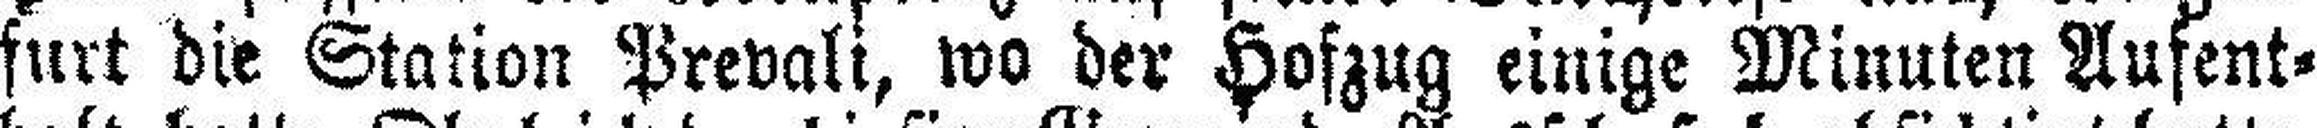
furt die Station Prevali, wo der Hofzug einige Minuten Aufent¬